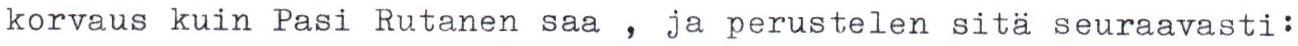
korvaus kuin Pasi Rutanen saa , ja perustelen sitä seuraavasti: